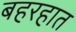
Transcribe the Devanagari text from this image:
बहरहात